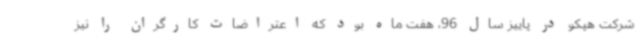
شرکت هپکو در پاییز سال 96، هفت ماه بود که اعتراضات کارگران را نیز